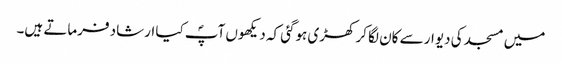
میں مسجد کی دیوار سے کان لگا کر کھڑی ہوگئی کہ دیکھوں آپؐ کیا ارشاد فرماتے ہیں۔